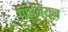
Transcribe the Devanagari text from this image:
फ़िनियन